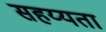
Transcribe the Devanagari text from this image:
सहय्यता